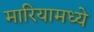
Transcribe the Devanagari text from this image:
मारियामध्ये